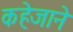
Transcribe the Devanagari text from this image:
कहेजाने